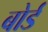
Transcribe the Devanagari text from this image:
बोर्ड